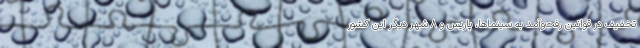
تخفیف در قوانین رفت‌و‌آمد به سینماها، پاریس و 8 شهر دیگر این کشور